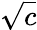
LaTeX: \sqrt{c}